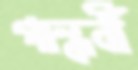
গান্ধর্বী